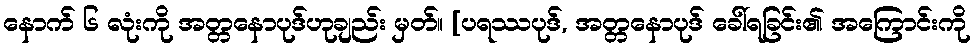
နောက် ၆ လုံးကို အတ္တနောပုဒ်ဟုချည်း မှတ်။ [ပရဿပုဒ်, အတ္တနောပုဒ် ခေါ်ရခြင်း၏ အကြောင်းကို